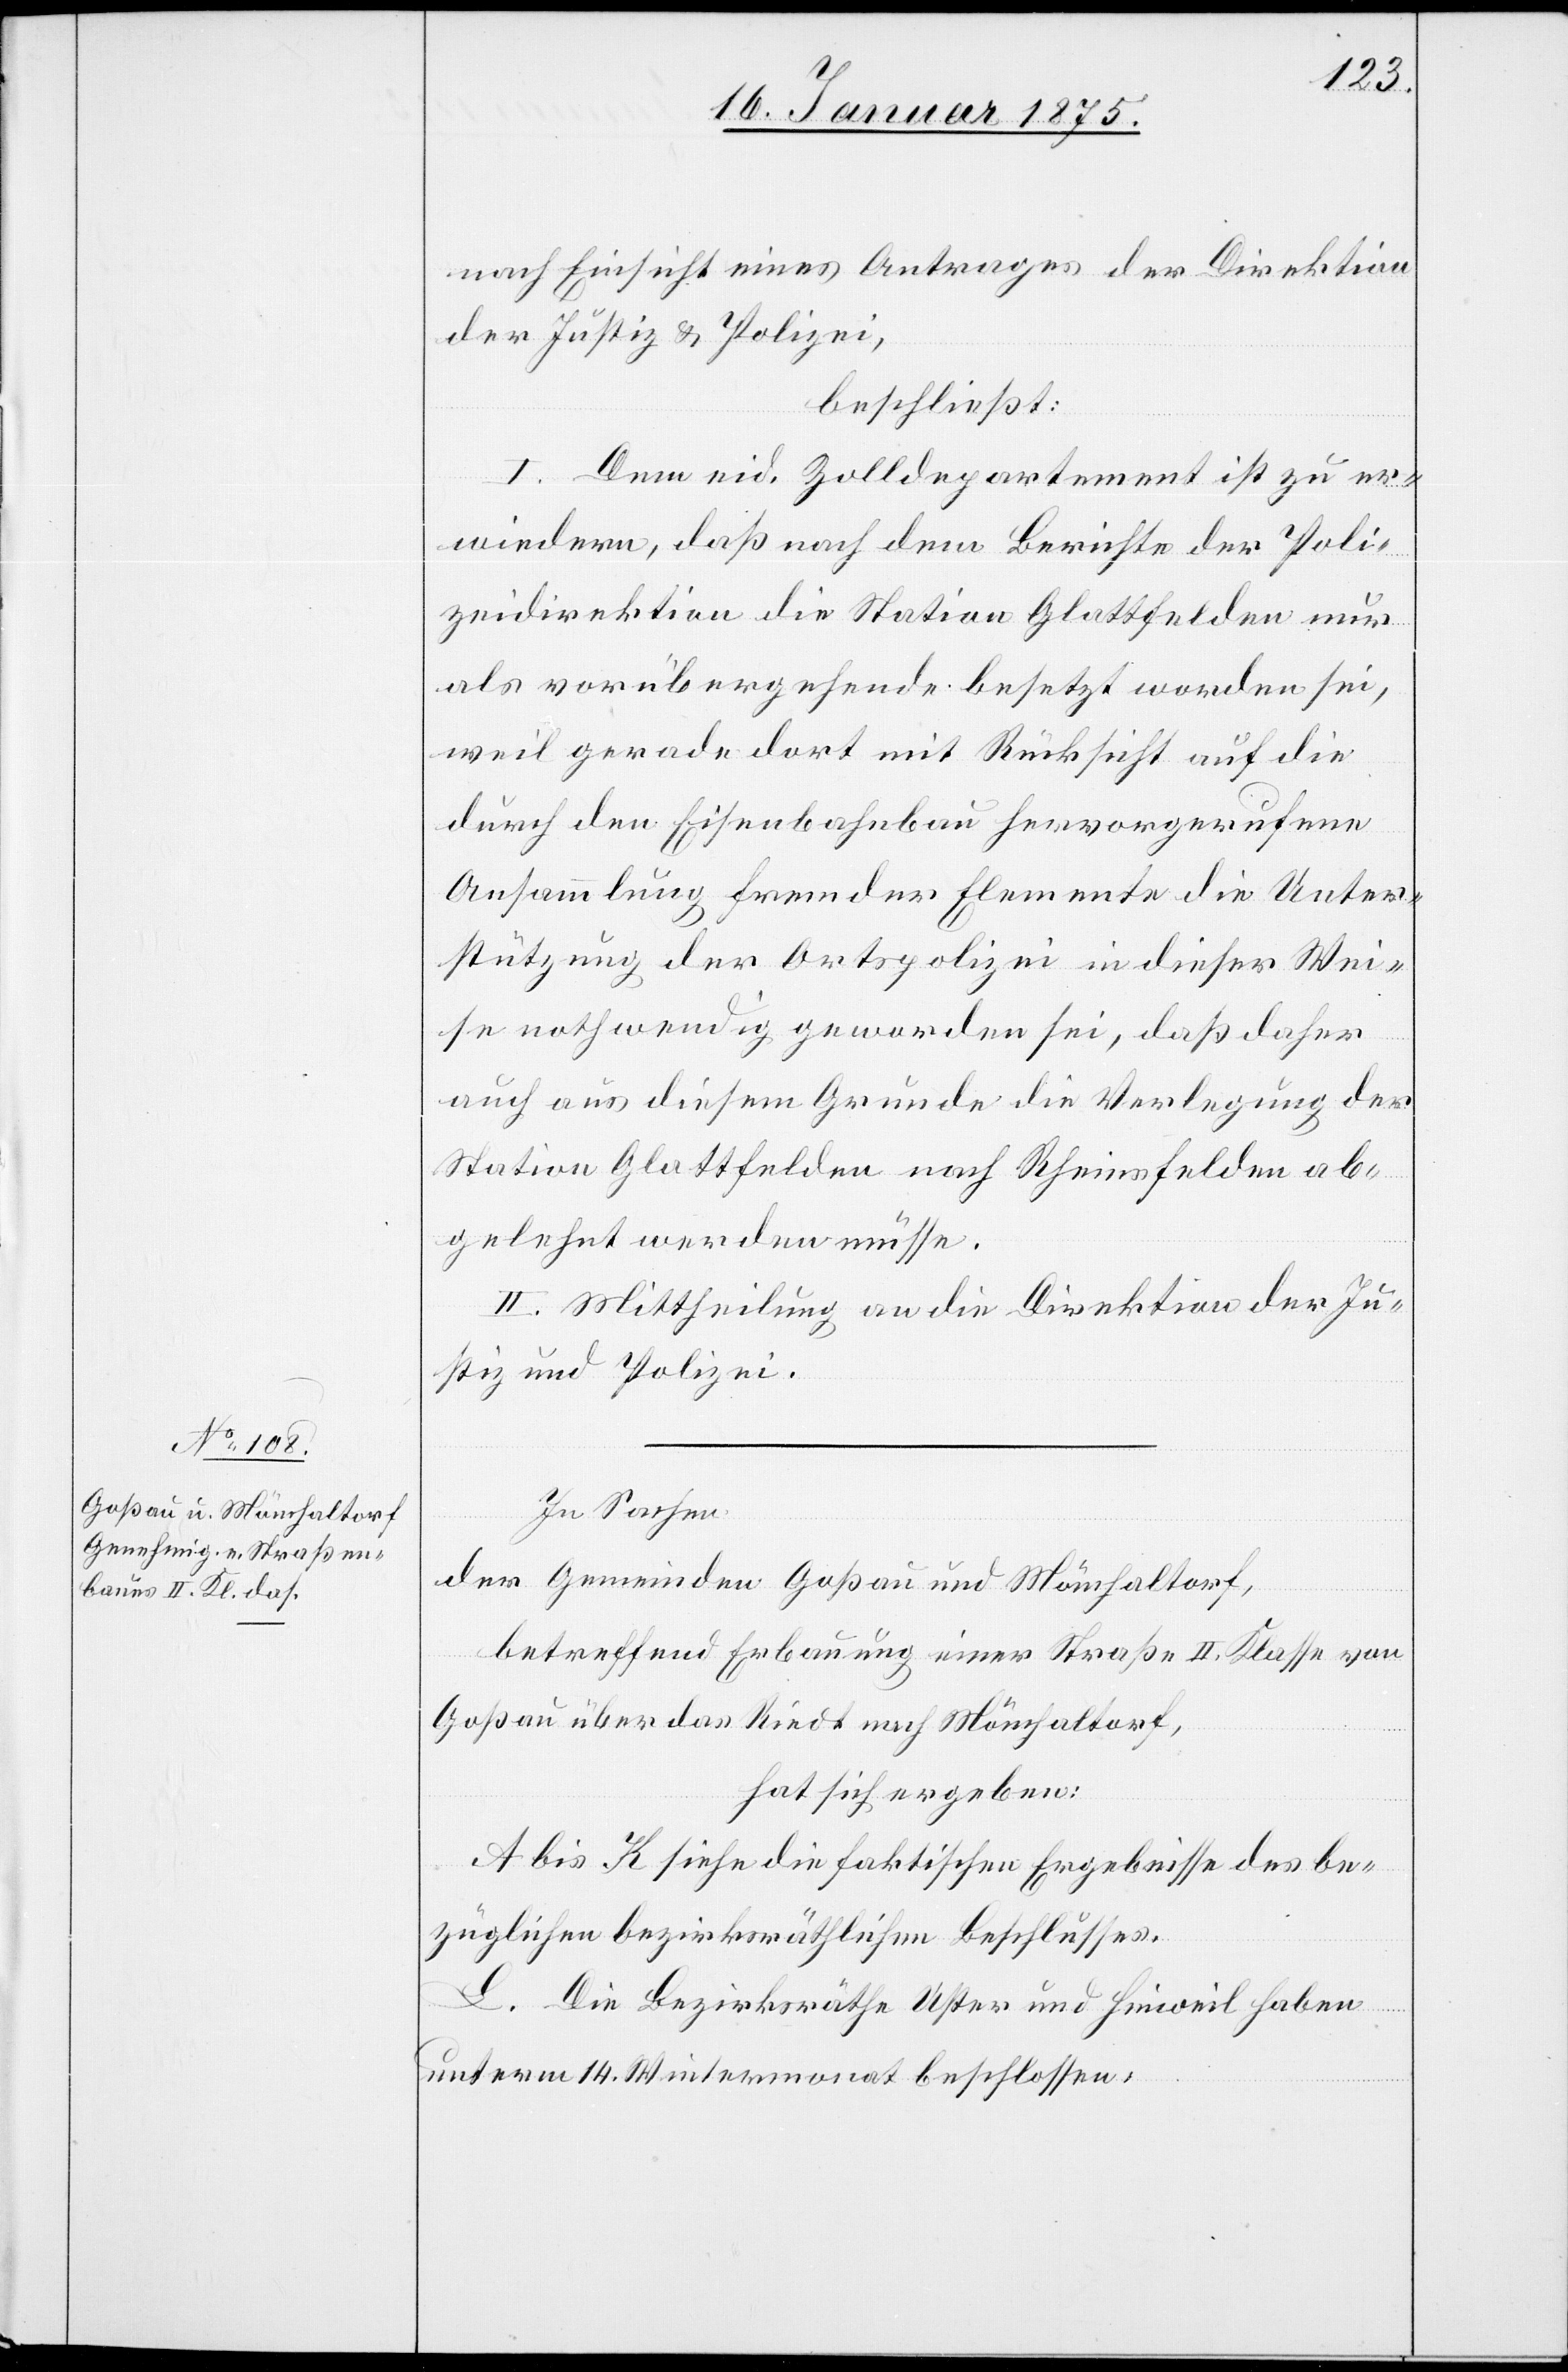
nach Einsicht eines Antrages der Direktion
der Justiz & Polizei,
beschließt:
I. Dem eid. Zolldepartement ist zu er¬
wiedern, daß nach dem Berichte der Poli¬
zeidirektion die Station Glattfelden nur
als vorübergehende besetzt worden sei,
weil gerade dort mit Rücksicht auf die
durch den Eisenbahnbau hervorgerufene
Ansammlung fremder Elemente die Unter¬
stützung der Ortspolizei in dieser Wei¬
se nothwendig geworden sei, daß daher
auch aus diesem Grunde die Verlegung der
Station Glattfelden nach Rheinsfelden ab¬
gelehnt werden müsse.
II. Mittheilung an die Direktion der Ju¬
stiz und Polizei.
In Sachen
der Gemeinden Goßau und Mönchaltorf,
betreffend Erbauung einer Straße II. Klasse von
Goßau über das Riedt nach Mönchaltorf,
hat sich ergeben:
A bis K siehe die faktischen Ergebnisse des be¬
züglichen bezirksräthlichen Beschlusses.
L. Die Bezirksräthe Uster und Hinweil haben
unterm 14. Wintermonat beschlossen: